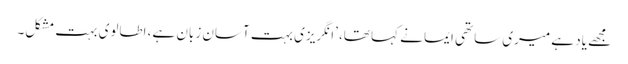
مجھے یاد ہے میری ساتھی ایما نے کہا تھا، ’انگریزی بہت آسان زبان ہے، اطالوی بہت مشکل۔